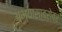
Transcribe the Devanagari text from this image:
अभ्यासाबरोबर